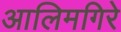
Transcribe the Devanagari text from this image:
आलिमगिरे